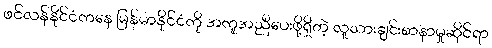
ဖင်လန်နိုင်ငံကနေ မြန်မာနိုင်ငံကို အကူအညီပေးဖို့ရှိတဲ့ လူသားချင်းစာနာမှုဆိုင်ရာ